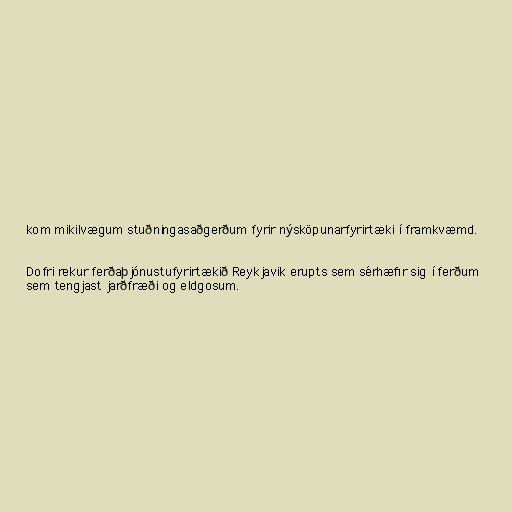
kom mikilvægum stuðningasaðgerðum fyrir nýsköpunarfyrirtæki í framkvæmd.

Dofri rekur ferðaþjónustufyrirtækið Reykjavik erupts sem sérhæfir sig í ferðum
sem tengjast jarðfræði og eldgosum.